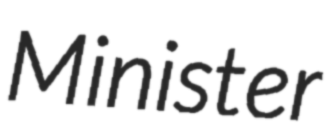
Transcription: Minister